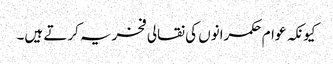
کیونکہ عوام حکمرانوں کی نقالی فخریہ کرتے ہیں۔